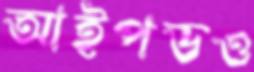
আইপডও